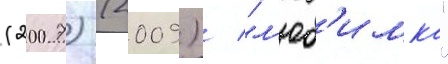
(2007) (2009) / "л'юб'имка"